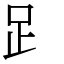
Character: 𧾷